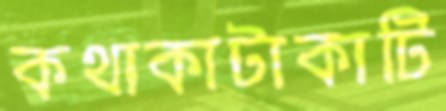
কথাকাটাকাটি